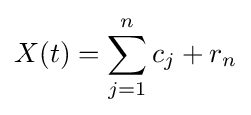
X(t)=\sum _{j=1}^{n}c_{j}+r_{n}